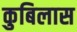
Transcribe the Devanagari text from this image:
कुबिलास